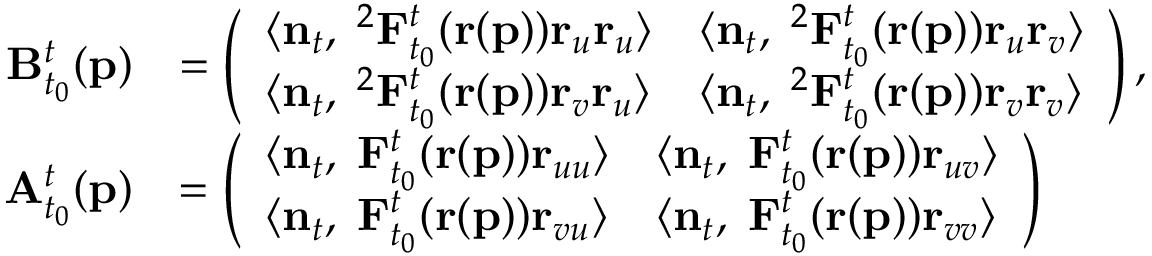
\begin{array} { r l } { \mathbf { B } _ { t _ { 0 } } ^ { t } ( \mathbf { p } ) } & { = \left( \begin{array} { l l } { \langle \mathbf { n } _ { t } , \mathbf { \nabla } ^ { 2 } \mathbf { F } _ { t _ { 0 } } ^ { t } ( \mathbf { r } ( \mathbf { p } ) ) \mathbf { r } _ { u } \mathbf { r } _ { u } \rangle } & { \langle \mathbf { n } _ { t } , \mathbf { \nabla } ^ { 2 } \mathbf { F } _ { t _ { 0 } } ^ { t } ( \mathbf { r } ( \mathbf { p } ) ) \mathbf { r } _ { u } \mathbf { r } _ { v } \rangle } \\ { \langle \mathbf { n } _ { t } , \mathbf { \nabla } ^ { 2 } \mathbf { F } _ { t _ { 0 } } ^ { t } ( \mathbf { r } ( \mathbf { p } ) ) \mathbf { r } _ { v } \mathbf { r } _ { u } \rangle } & { \langle \mathbf { n } _ { t } , \mathbf { \nabla } ^ { 2 } \mathbf { F } _ { t _ { 0 } } ^ { t } ( \mathbf { r } ( \mathbf { p } ) ) \mathbf { r } _ { v } \mathbf { r } _ { v } \rangle } \end{array} \right) , } \\ { \mathbf { A } _ { t _ { 0 } } ^ { t } ( \mathbf { p } ) } & { = \left( \begin{array} { l l } { \langle \mathbf { n } _ { t } , \mathbf { \nabla } \mathbf { F } _ { t _ { 0 } } ^ { t } ( \mathbf { r } ( \mathbf { p } ) ) \mathbf { r } _ { u u } \rangle } & { \langle \mathbf { n } _ { t } , \mathbf { \nabla } \mathbf { F } _ { t _ { 0 } } ^ { t } ( \mathbf { r } ( \mathbf { p } ) ) \mathbf { r } _ { u v } \rangle } \\ { \langle \mathbf { n } _ { t } , \mathbf { \nabla } \mathbf { F } _ { t _ { 0 } } ^ { t } ( \mathbf { r } ( \mathbf { p } ) ) \mathbf { r } _ { v u } \rangle } & { \langle \mathbf { n } _ { t } , \mathbf { \nabla } \mathbf { F } _ { t _ { 0 } } ^ { t } ( \mathbf { r } ( \mathbf { p } ) ) \mathbf { r } _ { v v } \rangle } \end{array} \right) } \end{array}